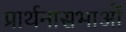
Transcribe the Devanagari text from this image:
प्रार्थनासभाओं